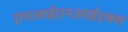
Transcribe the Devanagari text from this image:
एमआईएनआईएक्स